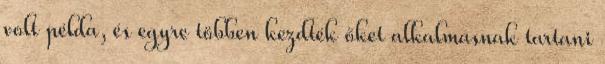
volt példa, és egyre többen kezdték őket alkalmasnak tartani